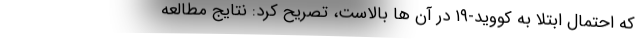
که احتمال ابتلا به کووید-۱۹ در آن ها بالاست، تصریح کرد: نتایج مطالعه